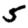
Digit: 5